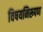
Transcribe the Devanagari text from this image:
विषयनिरूपण